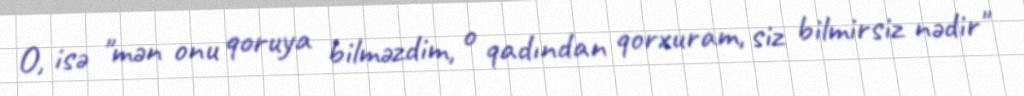
O, isə "mən onu qoruya bilməzdim, o qadından qorxuram, siz bilmirsiz nədir"